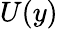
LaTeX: U(y)